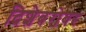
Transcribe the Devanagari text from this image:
दिशेबरोबर